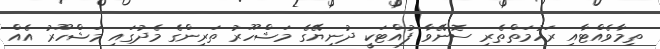
ތިމާވެއްޓާއި ރަހުމަތްތެރި ސޮނޭވާ ފުއްޓަކީ ދުނިޔޭގެ މަޝްހޫރު ތަރިންގެ މެދުގައި މަޝްހޫރު އެއް